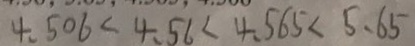
4 . 5 0 6 < 4 . 5 6 < 4 . 5 6 5 < 5 . 6 5